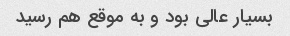
بسیار عالی بود و به موقع هم رسید